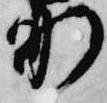
町